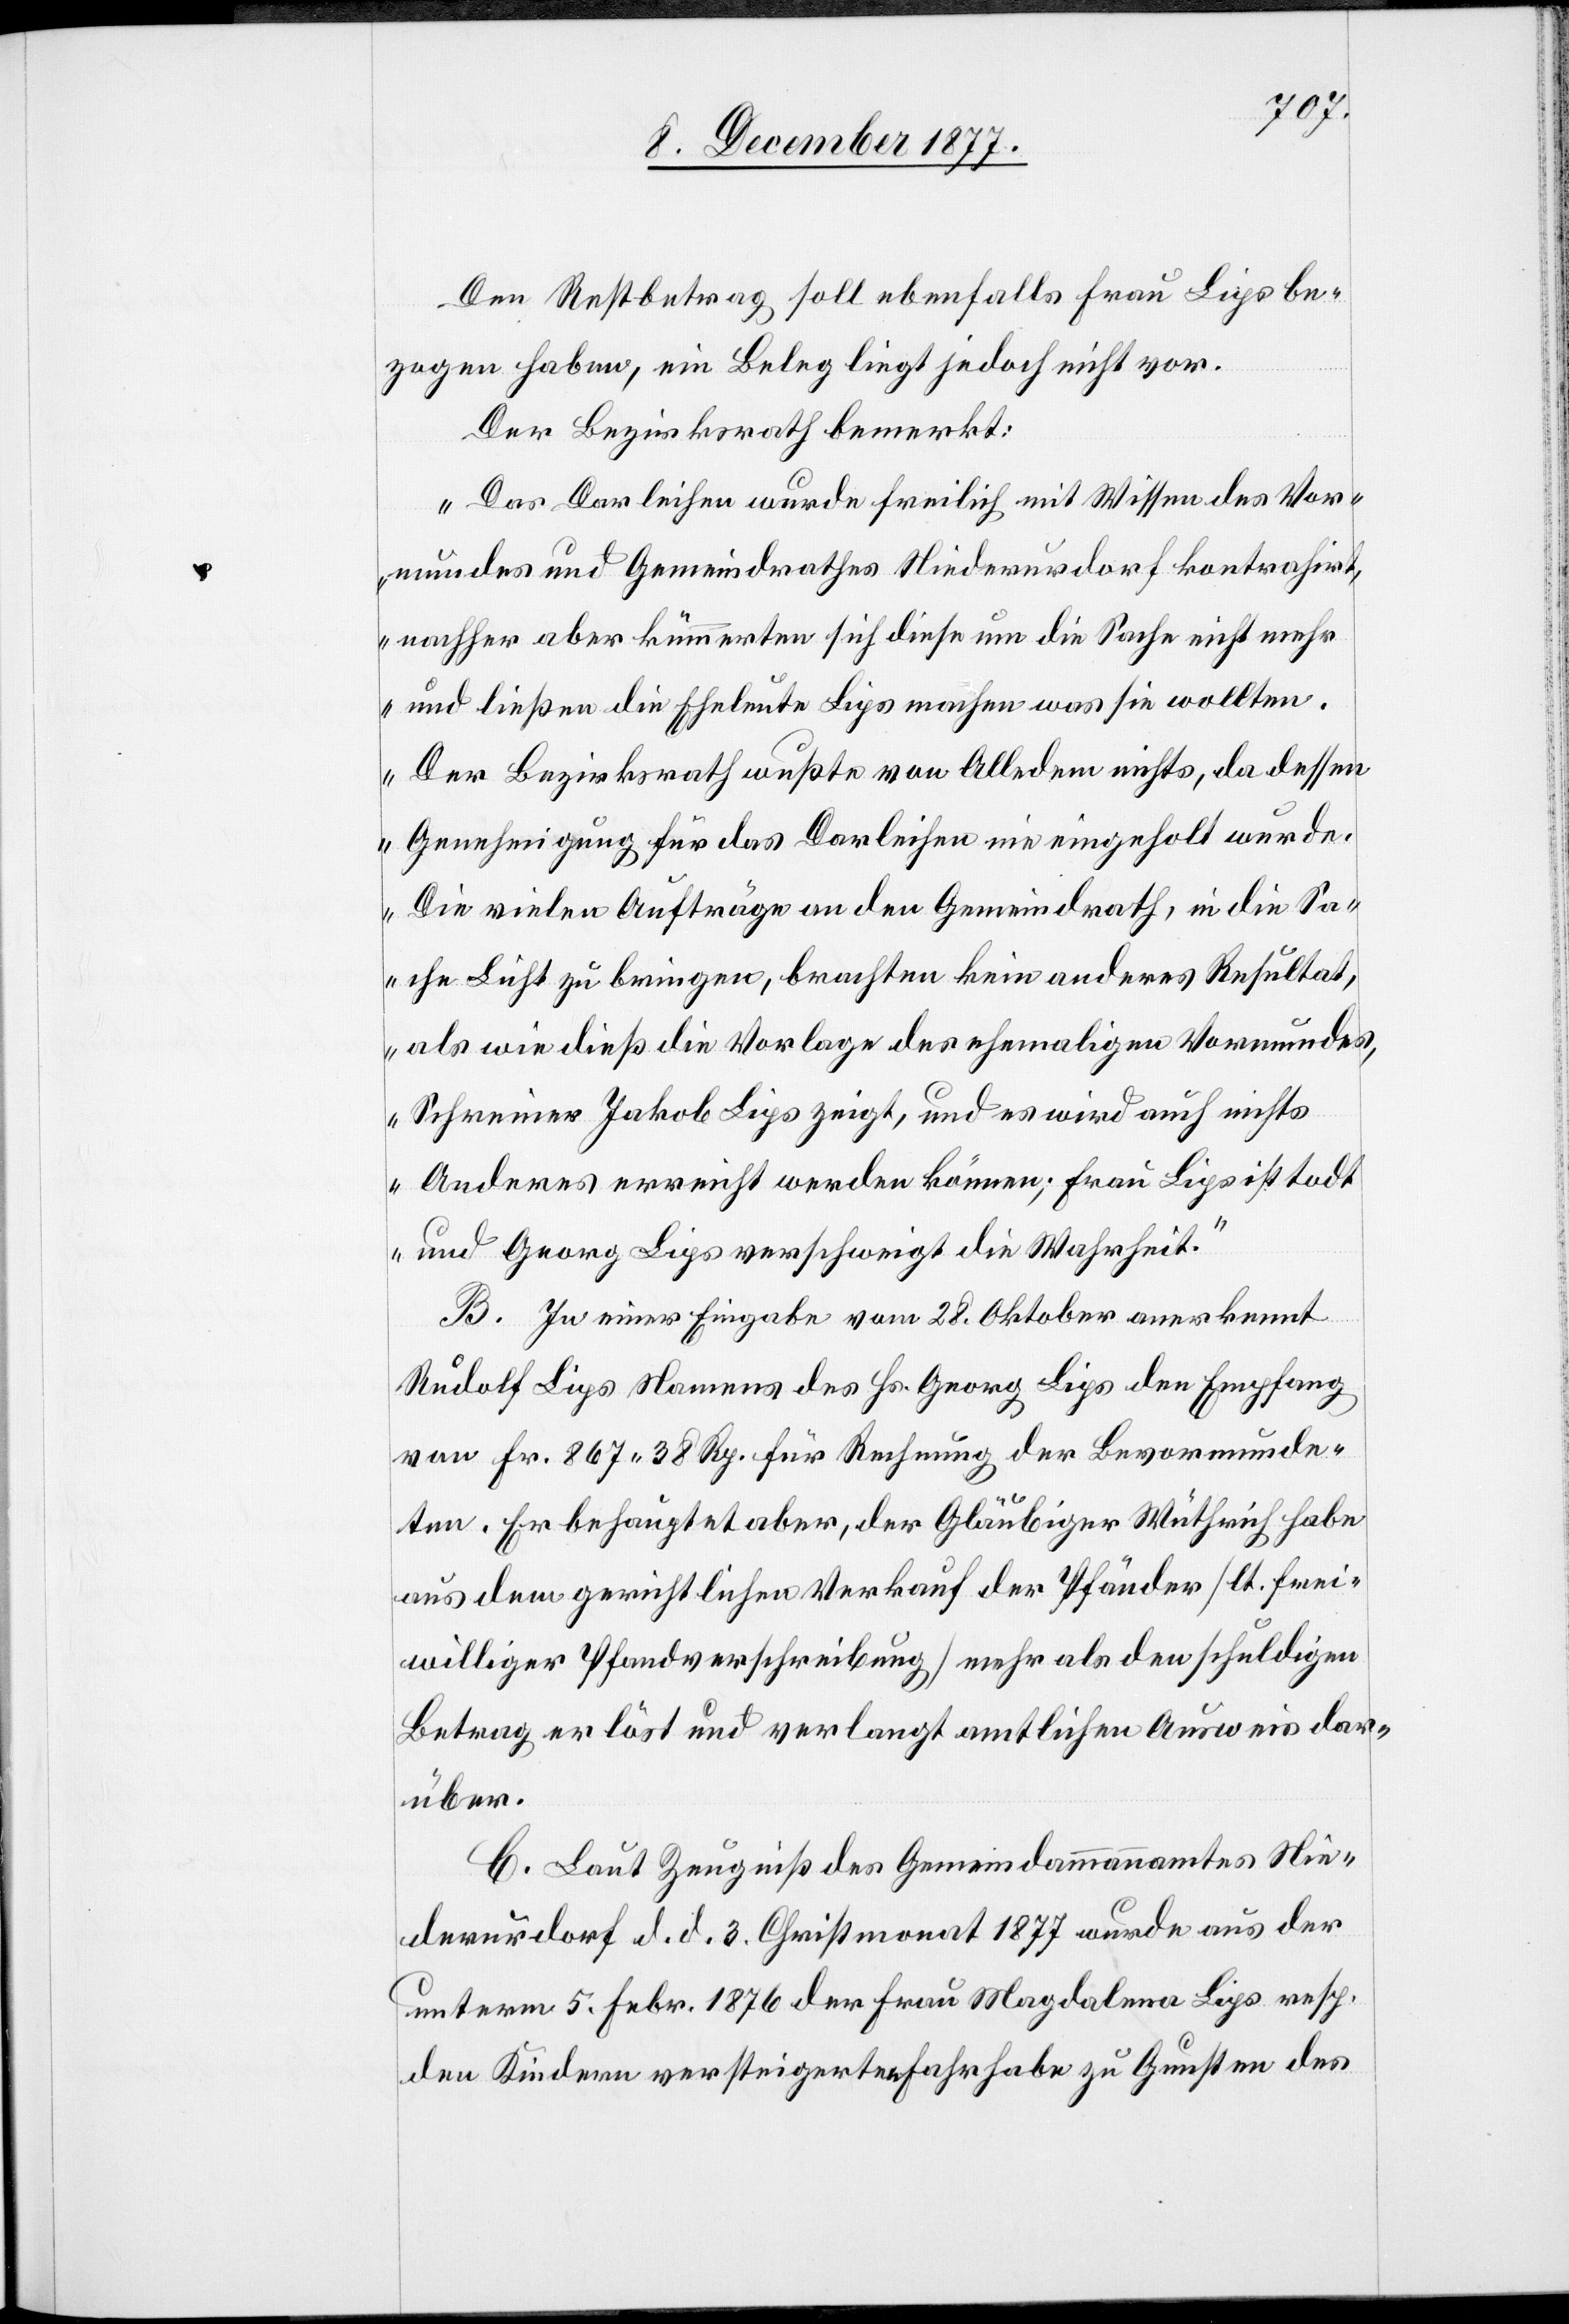
Den Restbetrag soll ebenfalls Frau Lips be¬
zogen haben, ein Beleg liegt jedoch nicht vor.
Der Bezirksrath bemerkt:
„Das Darleihen wurde freilich mit Wissen des Vor¬
mundes und Gemeindrathes Niederurdorf kontrahirt,
nachher aber kümmerten sich diese um die Sache nicht mehr
und ließen die Eheleute Lips machen was sie wollten.
Der Bezirksrath wußte von Alledem nichts, da dessen
Genehmigung für das Darleihen nie eingeholt wurde.
Die vielen Aufträge an den Gemeindrath, in die Sa¬
che Licht zu bringen, brachten kein anderes Resultat,
als wie dieß die Vorlage des ehemaligen Vormundes,
Schreiner Jakob Lips zeigt, und es wird auch nichts
Anderes erreicht werden können; Frau Lips ist todt
und Georg Lips verschweigt die Wahrheit.“
B. In einer Eingabe vom 28. Oktober anerkennt
Rudolf Lips Namens des Hs. Georg Lips den Empfang
von Fr. 867 38 Rp. für Rechnung der Bevormunde¬
ten. Er behauptet aber, der Gläubiger Wüthrich [sic!]
aus dem gerichtlichen Verkauf der Pfänder [lt. frei¬
williger Pfandverschreibung] mehr als den schuldigen
Betrag erlöst und verlangt amtlichen Ausweis dar¬
über.
C. Laut Zeugniß des Gemeindammannamtes Nie¬
derurdorf d. d. 3. Christmonat 1877 wurde aus der
unterm 5. Febr. 1876 der Frau Magdalena Lips resp.
den Kindern versteigerten Fahrhabe zu Gunsten des